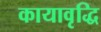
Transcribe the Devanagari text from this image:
कायावृद्धि